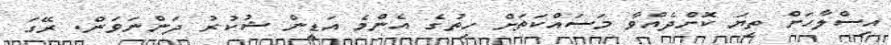
އިސްލާހަށް ތިޔަ ކޮށްދެއްވާ މަސައްކަތަށް ހިތުގެ އެންމެ އަޑީން ޝުކުރު ދަންނަވަން. ރޭގަ